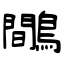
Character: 鷼